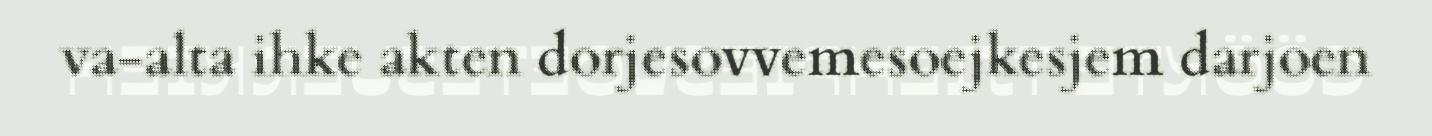
va-alta ihke akten dorjesovvemesoejkesjem darjoen